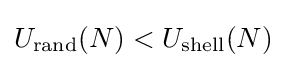
U_{\text{rand}}(N)<U_{\text{shell}}(N)